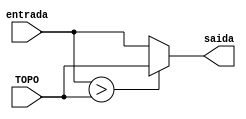
module descarte_topo_trapezio( entrada, TOPO, saida);
input [31:0] entrada, TOPO;
output reg [31:0] saida;


always @ (entrada,TOPO)
if (entrada>TOPO)
saida <= TOPO;
else saida <= entrada;
endmodule